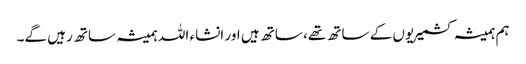
ہم ہمیشہ کشمیریوں کے ساتھ تھے، ساتھ ہیں اور انشاء اللہ ہمیشہ ساتھ رہیں گے۔